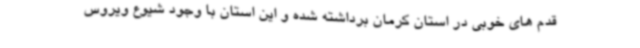
قدم های خوبی در استان کرمان برداشته شده و این استان با وجود شیوع ویروس